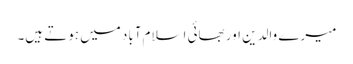
میرے والدین اور بھائی اسلام‌آباد میں ہوتے ہیں۔